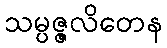
သမ္ပဇ္ဇလိတေန